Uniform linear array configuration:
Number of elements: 12
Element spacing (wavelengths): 0.25
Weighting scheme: blackman
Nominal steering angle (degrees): -15
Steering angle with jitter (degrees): -14.392
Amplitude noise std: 0.05
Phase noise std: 0.05

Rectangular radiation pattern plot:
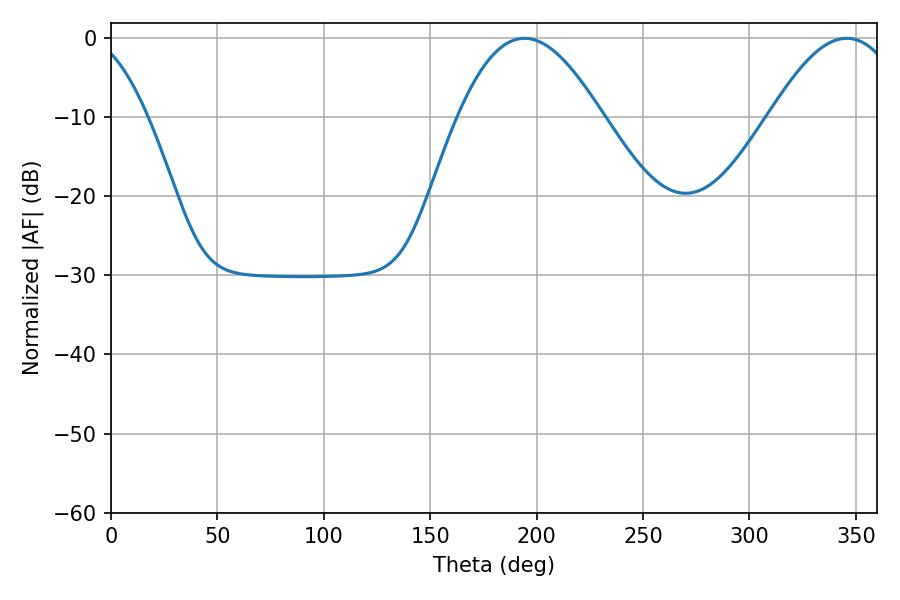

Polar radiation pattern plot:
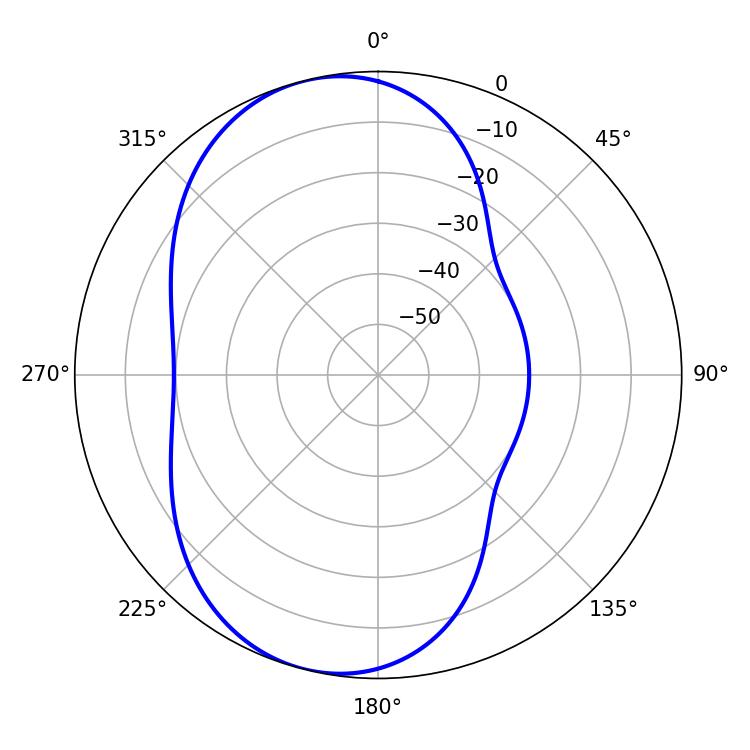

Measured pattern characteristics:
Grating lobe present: FALSE
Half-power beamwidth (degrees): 36.72
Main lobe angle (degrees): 194.22